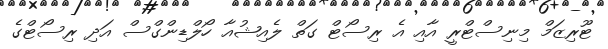
ޓޫރިޒަމް މިނިސްޓްރީ އާއި އެ ރިސޯޓް ގަތް ލެއިޝުއާ ހޯލްޑިންގްސް އަދި ރިސޯޓްގެ